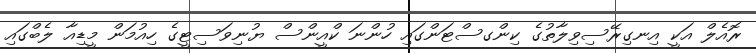
ރޮއެލް އަކީ އިނގިރޭސިވިލާތުގެ ކިންގސްޓަންގައި ހުންނަ ކްއީންސް ޔުނިވަސިޓީގެ ހިއުމަން މީޑިއާ ލެބްގައި